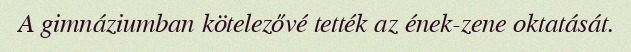
A gimnáziumban kötelezővé tették az ének-zene oktatását.